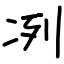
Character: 冽